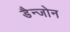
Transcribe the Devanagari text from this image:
डैन्जोन